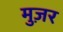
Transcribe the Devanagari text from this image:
मुज़र